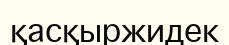
қасқыржидек